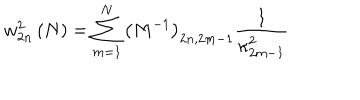
w _ { 2 n } ^ { 2 } \left( N \right) = \sum _ { m = 1 } ^ { N } \left( M ^ { - 1 } \right) _ { 2 n , 2 m - 1 } \frac { 1 } { \kappa _ { 2 m - 1 } ^ { 2 } }